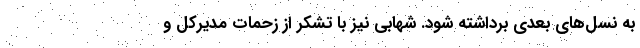
به نسل‌های بعدی برداشته شود. شهابی نیز با تشکر از زحمات مدیرکل و